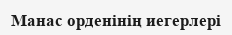
Манас орденінің иегерлері